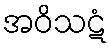
အဝိသဋံ